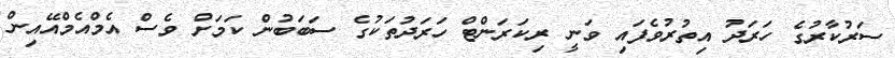
ސަރުކާރުގެ ހަރަދު އިތުރުވެފައި ވަނީ ރިކަރަންޓް ހަރަދުތަކުގެ ސަބަބުން ކަމަށް ވެސް އެމްއެމްއޭއިން